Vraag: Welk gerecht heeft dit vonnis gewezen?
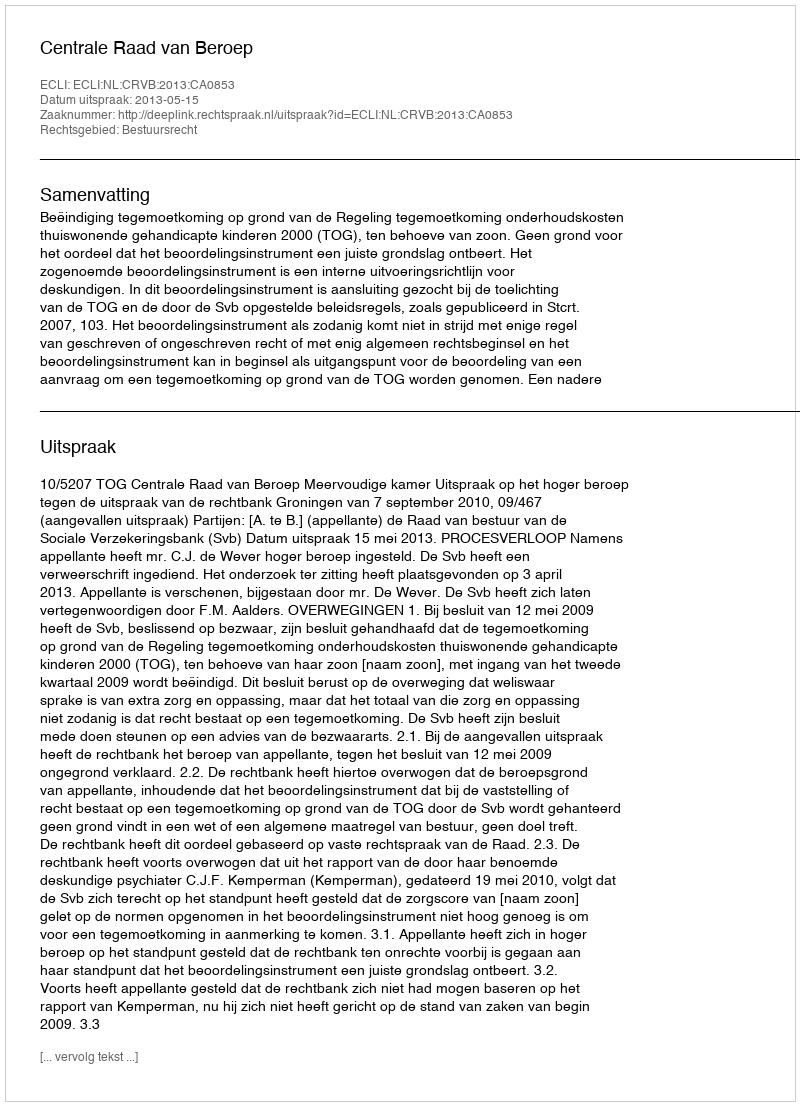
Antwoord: Centrale Raad van Beroep